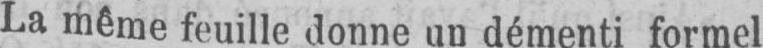
La même feuille donne un démenti formel